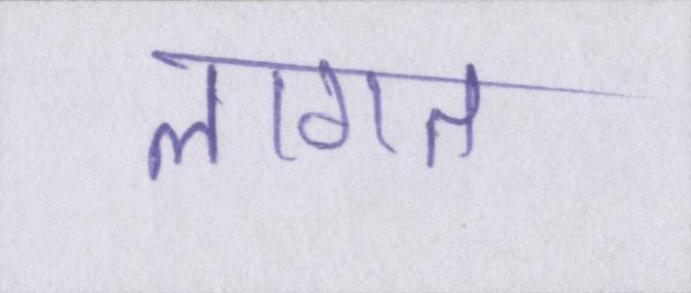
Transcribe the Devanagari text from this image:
लागत